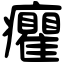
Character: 癯